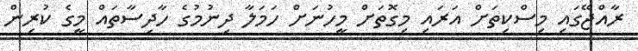
ރާއްޖޭގައި މިސްކިތަށް އަރައި މިގޮތަށް މީހުނަށް ހަމަލާ ދިނުމުގެ ހާދިސާތައް މީގެ ކުރިން